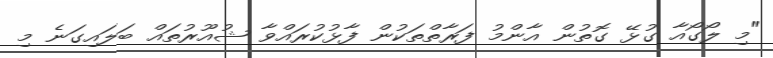
"މި ލޯގޯއާ ގުޅޭ ގޮތުން އާންމު ފަރާތްތަކުން ފާޅުކުރައްވާ ޝުއޫރުތައް ބަލައިގަނެ މި